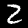
Digit: 2